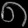
Digit: ၈